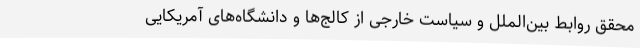
محقق روابط بین‌الملل و سیاست خارجی از کالج‌ها و دانشگاه‌های آمریکایی